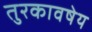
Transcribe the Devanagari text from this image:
तुरकावषेय